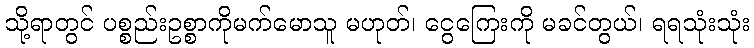
သို့ရာတွင် ပစ္စည်းဥစ္စာကိုမက်မောသူ မဟုတ်၊ ငွေကြေးကို မခင်တွယ်၊ ရရသုံးသုံး